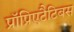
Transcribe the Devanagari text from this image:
प्रॉप्रिएटैटिबस